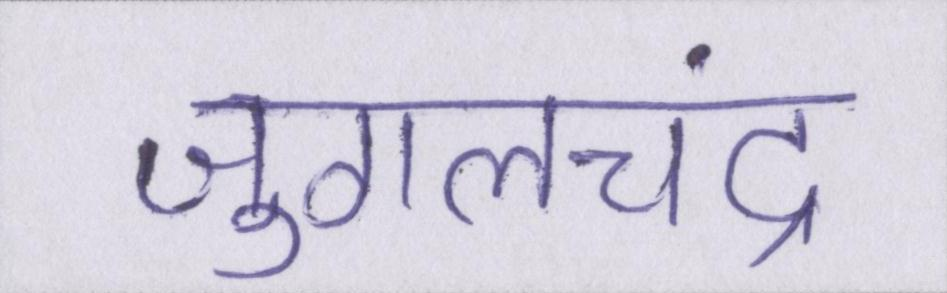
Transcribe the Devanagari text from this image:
जुगलचंद्र